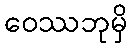
ဝေဿဘုမှိ